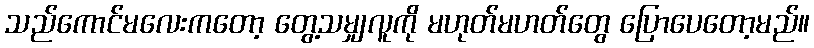
သည်ကောင်မလေးကတော့ တွေ့သမျှလူကို မဟုတ်မဟတ်တွေ ပြောပေတော့မည်။